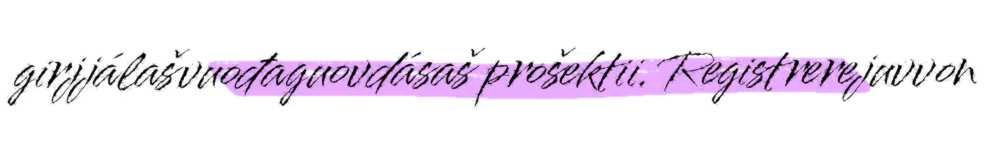
girjjálašvuođaguovdásaš prošektii. Registrerejuvvon